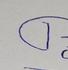
Signature authenticity: forged